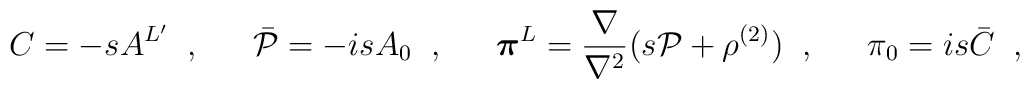
C=-sA^{L'}\;\; , \;\;\hspace{1em} \bar{{\cal P}}=-isA_{0} \;\; , \;\; \hspace{1em}\mbox{\boldmath $\pi$}^L=\frac{\nabla}{\nabla^2}(s{\cal P}+\rho^{(2)})\;\; , \;\; \hspace{1em}\pi_0=is\bar{C}\;\; ,